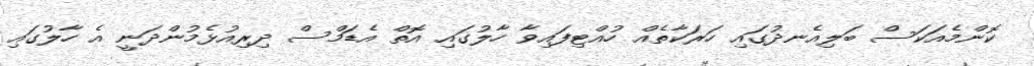
ކޮންމެއަކަސް ބަލިއެނދުގައި ހަރަކާތެއް ހުއްޓިފައިވާ ހާލުގައި އޮތް އެޑަމްސް ދިރިއުޅެމުންދަނީ އެ ހާލުގައި